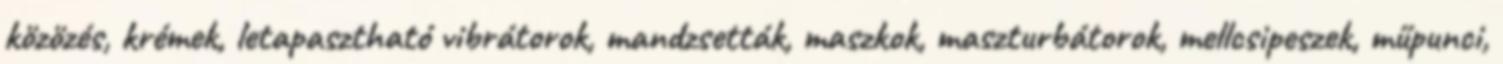
közözés, krémek, letapasztható vibrátorok, mandzsetták, maszkok, maszturbátorok, mellcsipeszek, műpunci,